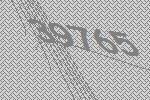
39765